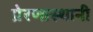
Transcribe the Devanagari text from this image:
प्रेरणास्थानी